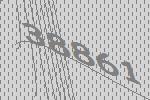
38861